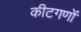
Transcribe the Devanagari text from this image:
कीटगणों